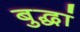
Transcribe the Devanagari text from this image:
बुद्धां